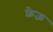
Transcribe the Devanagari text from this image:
फ़ेऊ